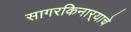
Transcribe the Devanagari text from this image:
सागरकिनार्‍याचे